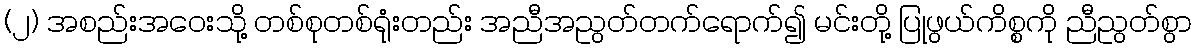
(၂) အစည်းအဝေးသို့ တစ်စုတစ်ရုံးတည်း အညီအညွတ်တက်ရောက်၍ မင်းတို့ ပြုဖွယ်ကိစ္စကို ညီညွတ်စွာ